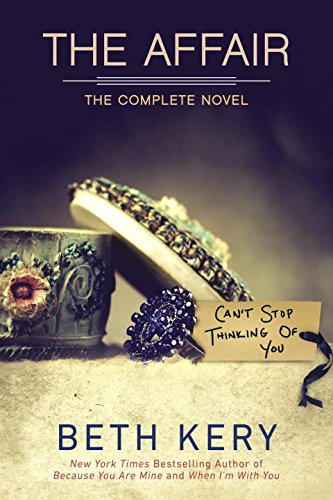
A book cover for The Affair; Beth Kery; Romance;